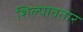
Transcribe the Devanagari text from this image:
शिल्पावतार